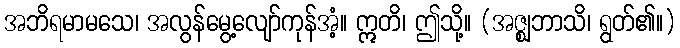
အဘိရမာမသေ၊ အလွန်မွေ့လျော်ကုန်အံ့။ ဣတိ၊ ဤသို့။ (အဇ္ဈဘာသိ၊ ရွတ်၏။)